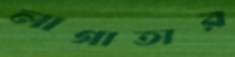
লাগাতার